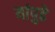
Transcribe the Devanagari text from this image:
यांपुढे